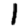
Digit: 1